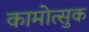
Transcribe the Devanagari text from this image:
कामोत्सुक